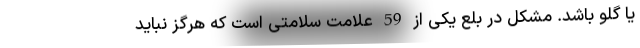
یا گلو باشد. مشکل در بلع یکی از 59 علامت سلامتی است که هرگز نباید